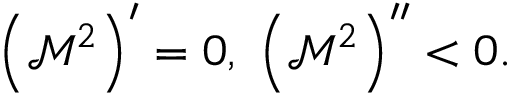
\left( \mathcal { M } ^ { 2 } \right) ^ { \prime } = 0 , \; \left( \mathcal { M } ^ { 2 } \right) ^ { \prime \prime } < 0 .